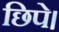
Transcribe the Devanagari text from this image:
छिपे।